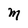
Character: M